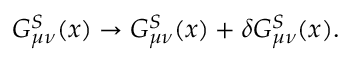
G _ { \mu \nu } ^ { S } ( x ) \rightarrow G _ { \mu \nu } ^ { S } ( x ) + \delta G _ { \mu \nu } ^ { S } ( x ) .